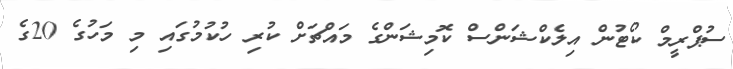
ސުޕްރީމް ކޯޓުން އިލެކްޝަންސް ކޮމިޝަންގެ މައްޗަށް ކުރި ހުކުމުގައި މި މަހުގެ 20ގެ